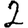
Digit: 2